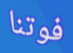
فوتنا